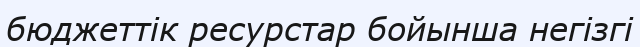
бюджеттік ресурстар бойынша негізгі